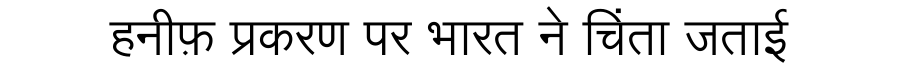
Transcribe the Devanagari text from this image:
हनीफ़ प्रकरण पर भारत ने चिंता जताई